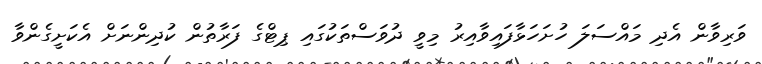
ވަރިވާން އެދި މައްސަލަ ހުށަހަޅާފައިވާއިރު މިވީ ދުވަސްތަކުގައި ޕިޓްގެ ފަރާތުން ކުދިންނަށް އެކަށީގެންވާ